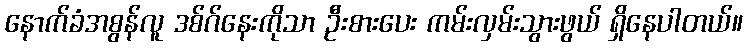
နောက်ခံအစွန်လူ ဒစ်ဂ်နေးကိုသာ ဦးစားပေး ကမ်းလှမ်းသွားဖွယ် ရှိနေပါတယ်။